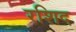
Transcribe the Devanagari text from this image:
रशिद